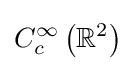
C_{c}^{\infty }\left(\mathbb {R} ^{2}\right)